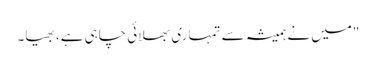
"میں نے ہمیشہ سے تمہاری بھلائی چاہی ہے، بھیا۔